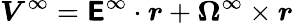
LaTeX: \boldsymbol{V}^{\infty}=\boldsymbol{\mathsf{E}}^{\infty}\cdot\boldsymbol{r}+\boldsymbol{\Omega}^{\infty}\times\boldsymbol{r}